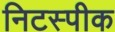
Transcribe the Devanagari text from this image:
निटस्पीक